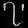
Digit: ၇